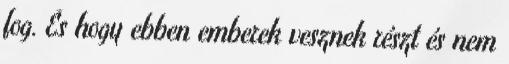
fog. És hogy ebben emberek vesznek részt és nem